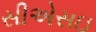
સીએસઇ